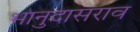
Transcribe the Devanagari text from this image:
भानुदासराव